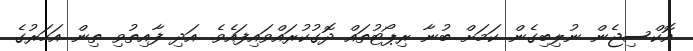
އޮކްސިޖެން ނުލިބިގެން ކަމަށް ބުނާ ރިޕޯޓުތައް ދޮގުކުރައްވައިފައެވެ. އަދި ފާއިތުވި ތިން އަހަރުގެ